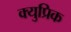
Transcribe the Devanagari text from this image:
क्युप्रिक